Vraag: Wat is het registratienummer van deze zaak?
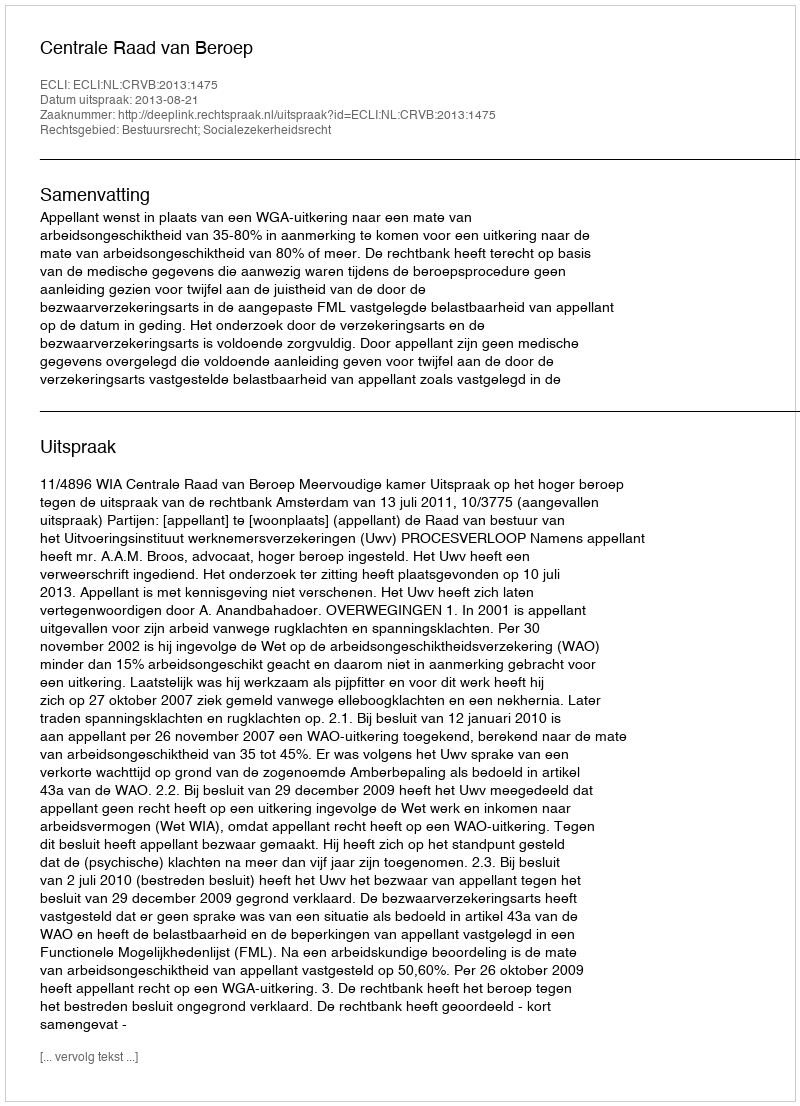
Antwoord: http://deeplink.rechtspraak.nl/uitspraak?id=ECLI:NL:CRVB:2013:1475